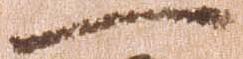
一